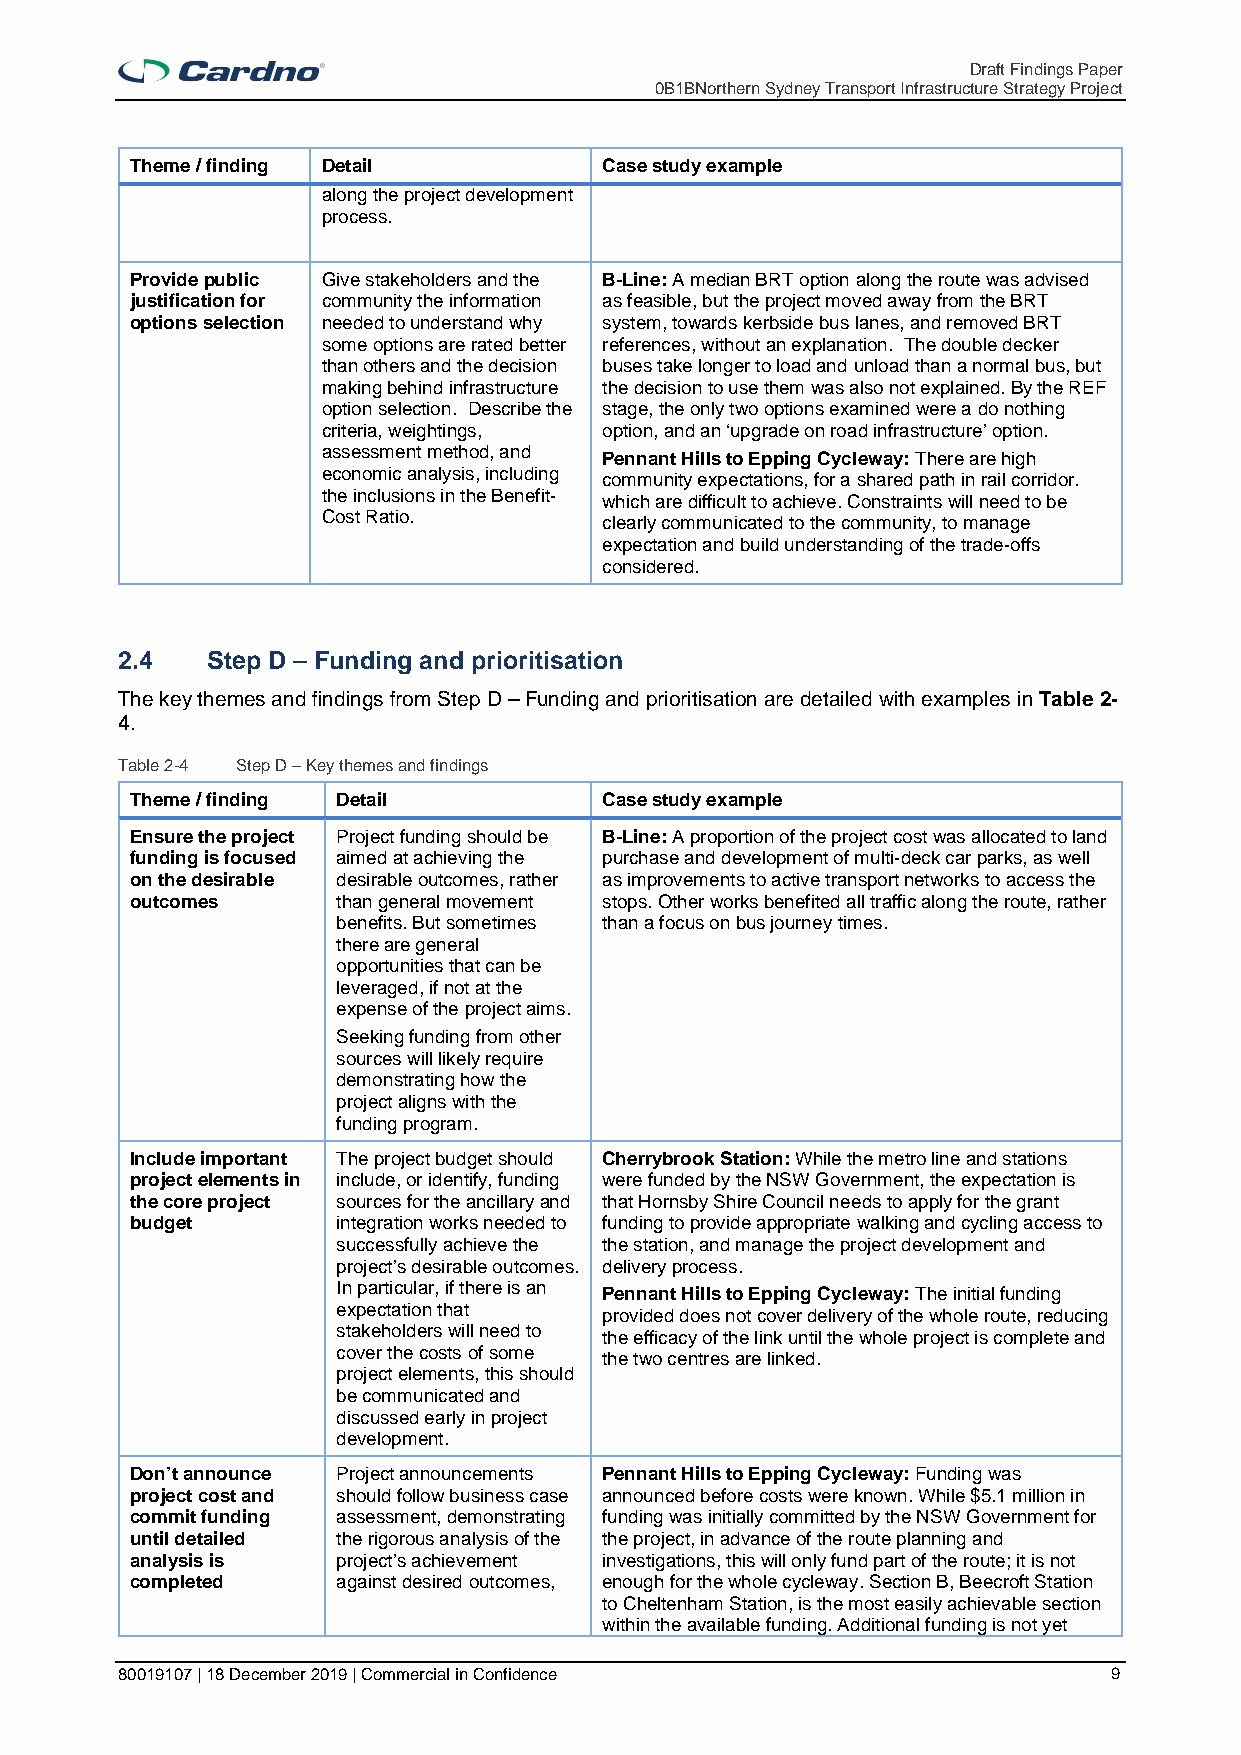
Draft Findings Paper
 0B1BNorthern Sydney Transport Infrastructure Strategy Project
 Theme / finding Detail         Case study example
 along the project development
 process.
 Provide public Give stakeholders and the B-Line: A median BRT option along the route was advised
 justification for community the information as feasible, but the project moved away from the BRT
 options selection needed to understand why system, towards kerbside bus lanes, and removed BRT
 some options are rated better references, without an explanation. The double decker
 than others and the decision buses take longer to load and unload than a normal bus, but
 making behind infrastructure the decision to use them was also not explained. By the REF
 option selection. Describe the stage, the only two options examined were a do nothing
 criteria, weightings, option, and an ‘upgrade on road infrastructure’ option.
 assessment method, and Pennant Hills to Epping Cycleway: There are high
 economic analysis, including community expectations, for a shared path in rail corridor.
 the inclusions in the Benefit- which are difficult to achieve. Constraints will need to be
 Cost Ratio.        clearly communicated to the community, to manage
 expectation and build understanding of the trade-offs
 considered.
 2.4   Step D – Funding and prioritisation
 The key themes and findings from Step D – Funding and prioritisation are detailed with examples in Table 2-
 4.
 Table 2-4 Step D – Key themes and findings
 Theme / finding Detail         Case study example
 Ensure the project Project funding should be B-Line: A proportion of the project cost was allocated to land
 funding is focused aimed at achieving the purchase and development of multi-deck car parks, as well
 on the desirable desirable outcomes, rather as improvements to active transport networks to access the
 outcomes     than general movement stops. Other works benefited all traffic along the route, rather
 benefits. But sometimes than a focus on bus journey times.
 there are general
 opportunities that can be
 leveraged, if not at the
 expense of the project aims.
 Seeking funding from other
 sources will likely require
 demonstrating how the
 project aligns with the
 funding program.
 Include important The project budget should Cherrybrook Station: While the metro line and stations
 project elements in include, or identify, funding were funded by the NSW Government, the expectation is
 the core project sources for the ancillary and that Hornsby Shire Council needs to apply for the grant
 budget       integration works needed to funding to provide appropriate walking and cycling access to
 successfully achieve the the station, and manage the project development and
 project’s desirable outcomes. delivery process.
 In particular, if there is an Pennant Hills to Epping Cycleway: The initial funding
 expectation that  provided does not cover delivery of the whole route, reducing
 stakeholders will need to the efficacy of the link until the whole project is complete and
 cover the costs of some the two centres are linked.
 project elements, this should
 be communicated and
 discussed early in project
 development.
 Don’t announce Project announcements Pennant Hills to Epping Cycleway: Funding was
 project cost and should follow business case announced before costs were known. While $5.1 million in
 commit funding assessment, demonstrating funding was initially committed by the NSW Government for
 until detailed the rigorous analysis of the the project, in advance of the route planning and
 analysis is  project’s achievement investigations, this will only fund part of the route; it is not
 completed    against desired outcomes, enough for the whole cycleway. Section B, Beecroft Station
 to Cheltenham Station, is the most easily achievable section
 within the available funding. Additional funding is not yet
 80019107 | 18 December 2019 | Commercial in Confidence            9